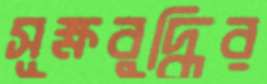
সূক্ষবুদ্ধির